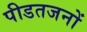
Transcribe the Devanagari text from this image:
पीडतजनों